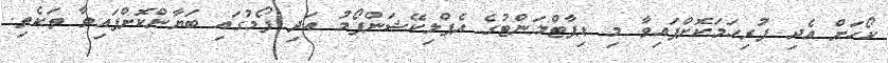
ކޯހަށް އެދި ފުރިހަމަކޮށްފައިވާ މި ޑިޕާޓްމަންޓުގެ އެޕްލިކޭޝަންފޯމު އަދި ފޯމުގައި ބަޔާންކޮށްފައިވާ ތަކެތި.